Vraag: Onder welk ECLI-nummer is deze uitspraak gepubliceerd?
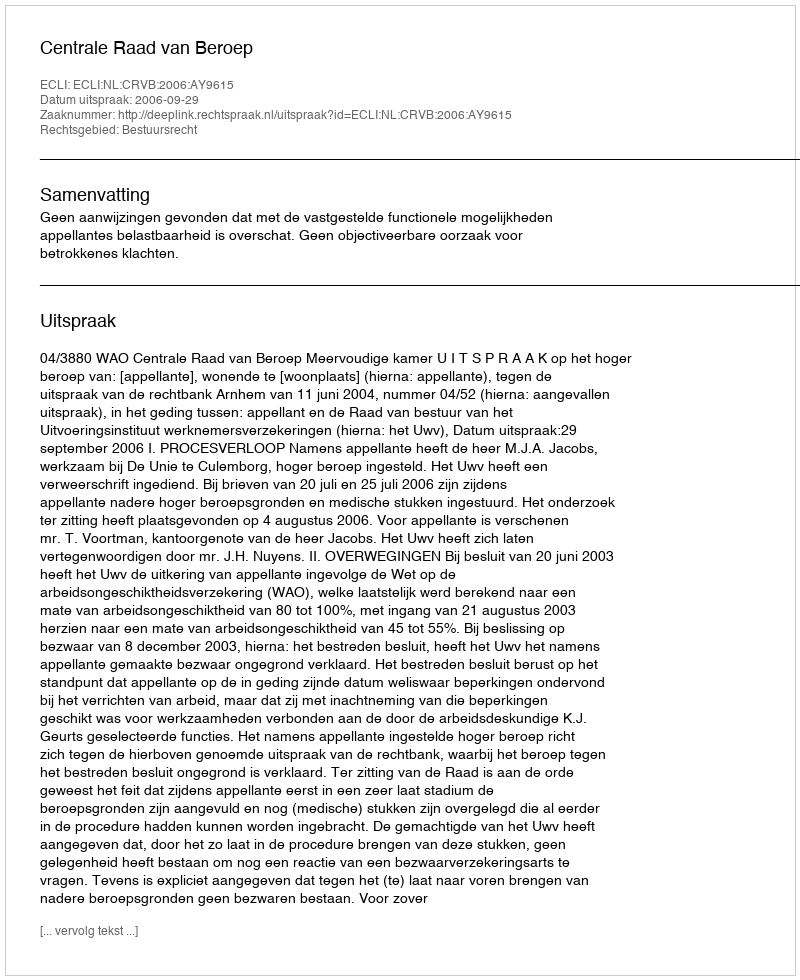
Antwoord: ECLI:NL:CRVB:2006:AY9615